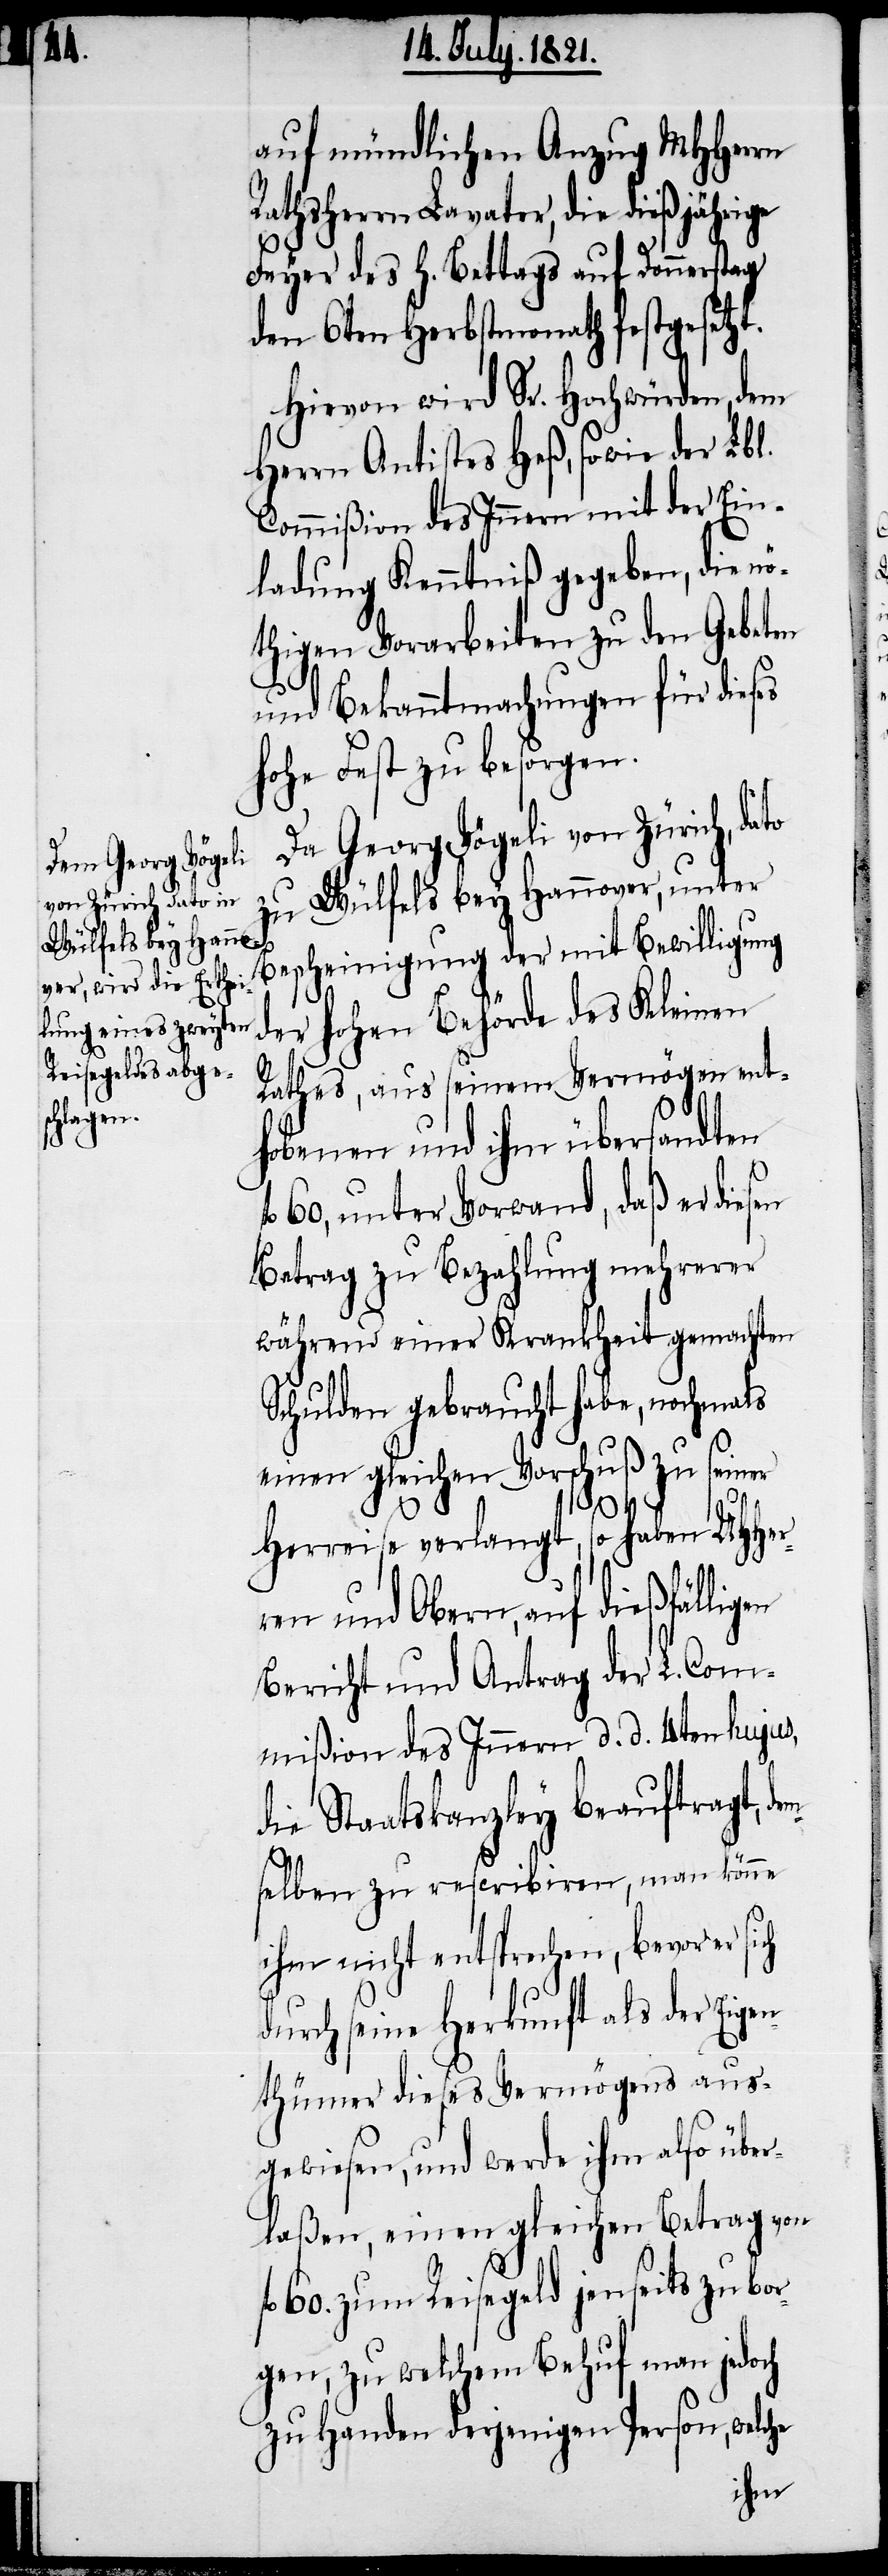
auf mündlichen Anzug MHHerrn
Rathsherrn Lavater, die dießjährige
Feyer des h. Bettags auf Donnerstag
den 6ten Herbstmonath festgesetzt.
Hievon wird Sr. Hochwürden, dem
Herrn Antistes Heß, sowie der Lbl.
Commißion des Innern mit der Ein¬
ladung Kenntniß gegeben, die n¬
öthigen Vorarbeiten zu den Gebeten
und Bekanntmachungen für dieses
hohe Fest zu besorgen.
Da Georg Vögeli von Zürich, da¬
zu Wülfels bey Hannover, unter
Bescheinigung der mit Bewilligung
der hohen Behörde des Kleinen
Rathes, aus seinem Vermögen ent¬
hobenen und ihm übersandten
60, unter Vorwand, daß er diesen
Betrag zu Bezahlung mehrerer
während einer Krankheit gemachten
Schulden gebraucht habe, nochmals
einen gleichen Vorschuß zu seiner
em¬
Herreise verlangt, so haben UHHer¬
ren und Obern, auf dießfälligen
Bericht und Antrag der L. Com¬
mißion des Innern d. d. 4ten hujus,
die Staatskanzley beauftragt, d¬
selben zu rescribiren, man könne
ihm nicht entsprechen, bevor er
durch seine Herkunft als der Eige¬
nthümer dieses Vermögens aus¬
gewiesen, und werde ihm also über¬
laßen, einen gleichen Betrag von
60. zum Reisegeld jenseits zu bor¬
gen, zu welchem Behuf man jedoch
zu Handen derjenigen Person, welche